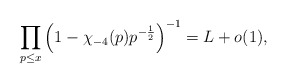
\begin{align*}\prod_{p \leq x} \left(1-\chi_{-4}(p) p^{-\frac{1}{2}} \right)^{-1} = L+o(1),\end{align*}